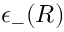
\epsilon _ { - } ( R )